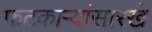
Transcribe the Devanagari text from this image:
फटकाऱ्यांसारखे